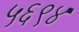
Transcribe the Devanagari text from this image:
५६९४